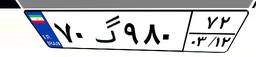
۷۰گ۹۸۰۷۲